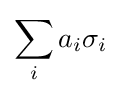
\sum _{i}a_{i}\sigma _{i}